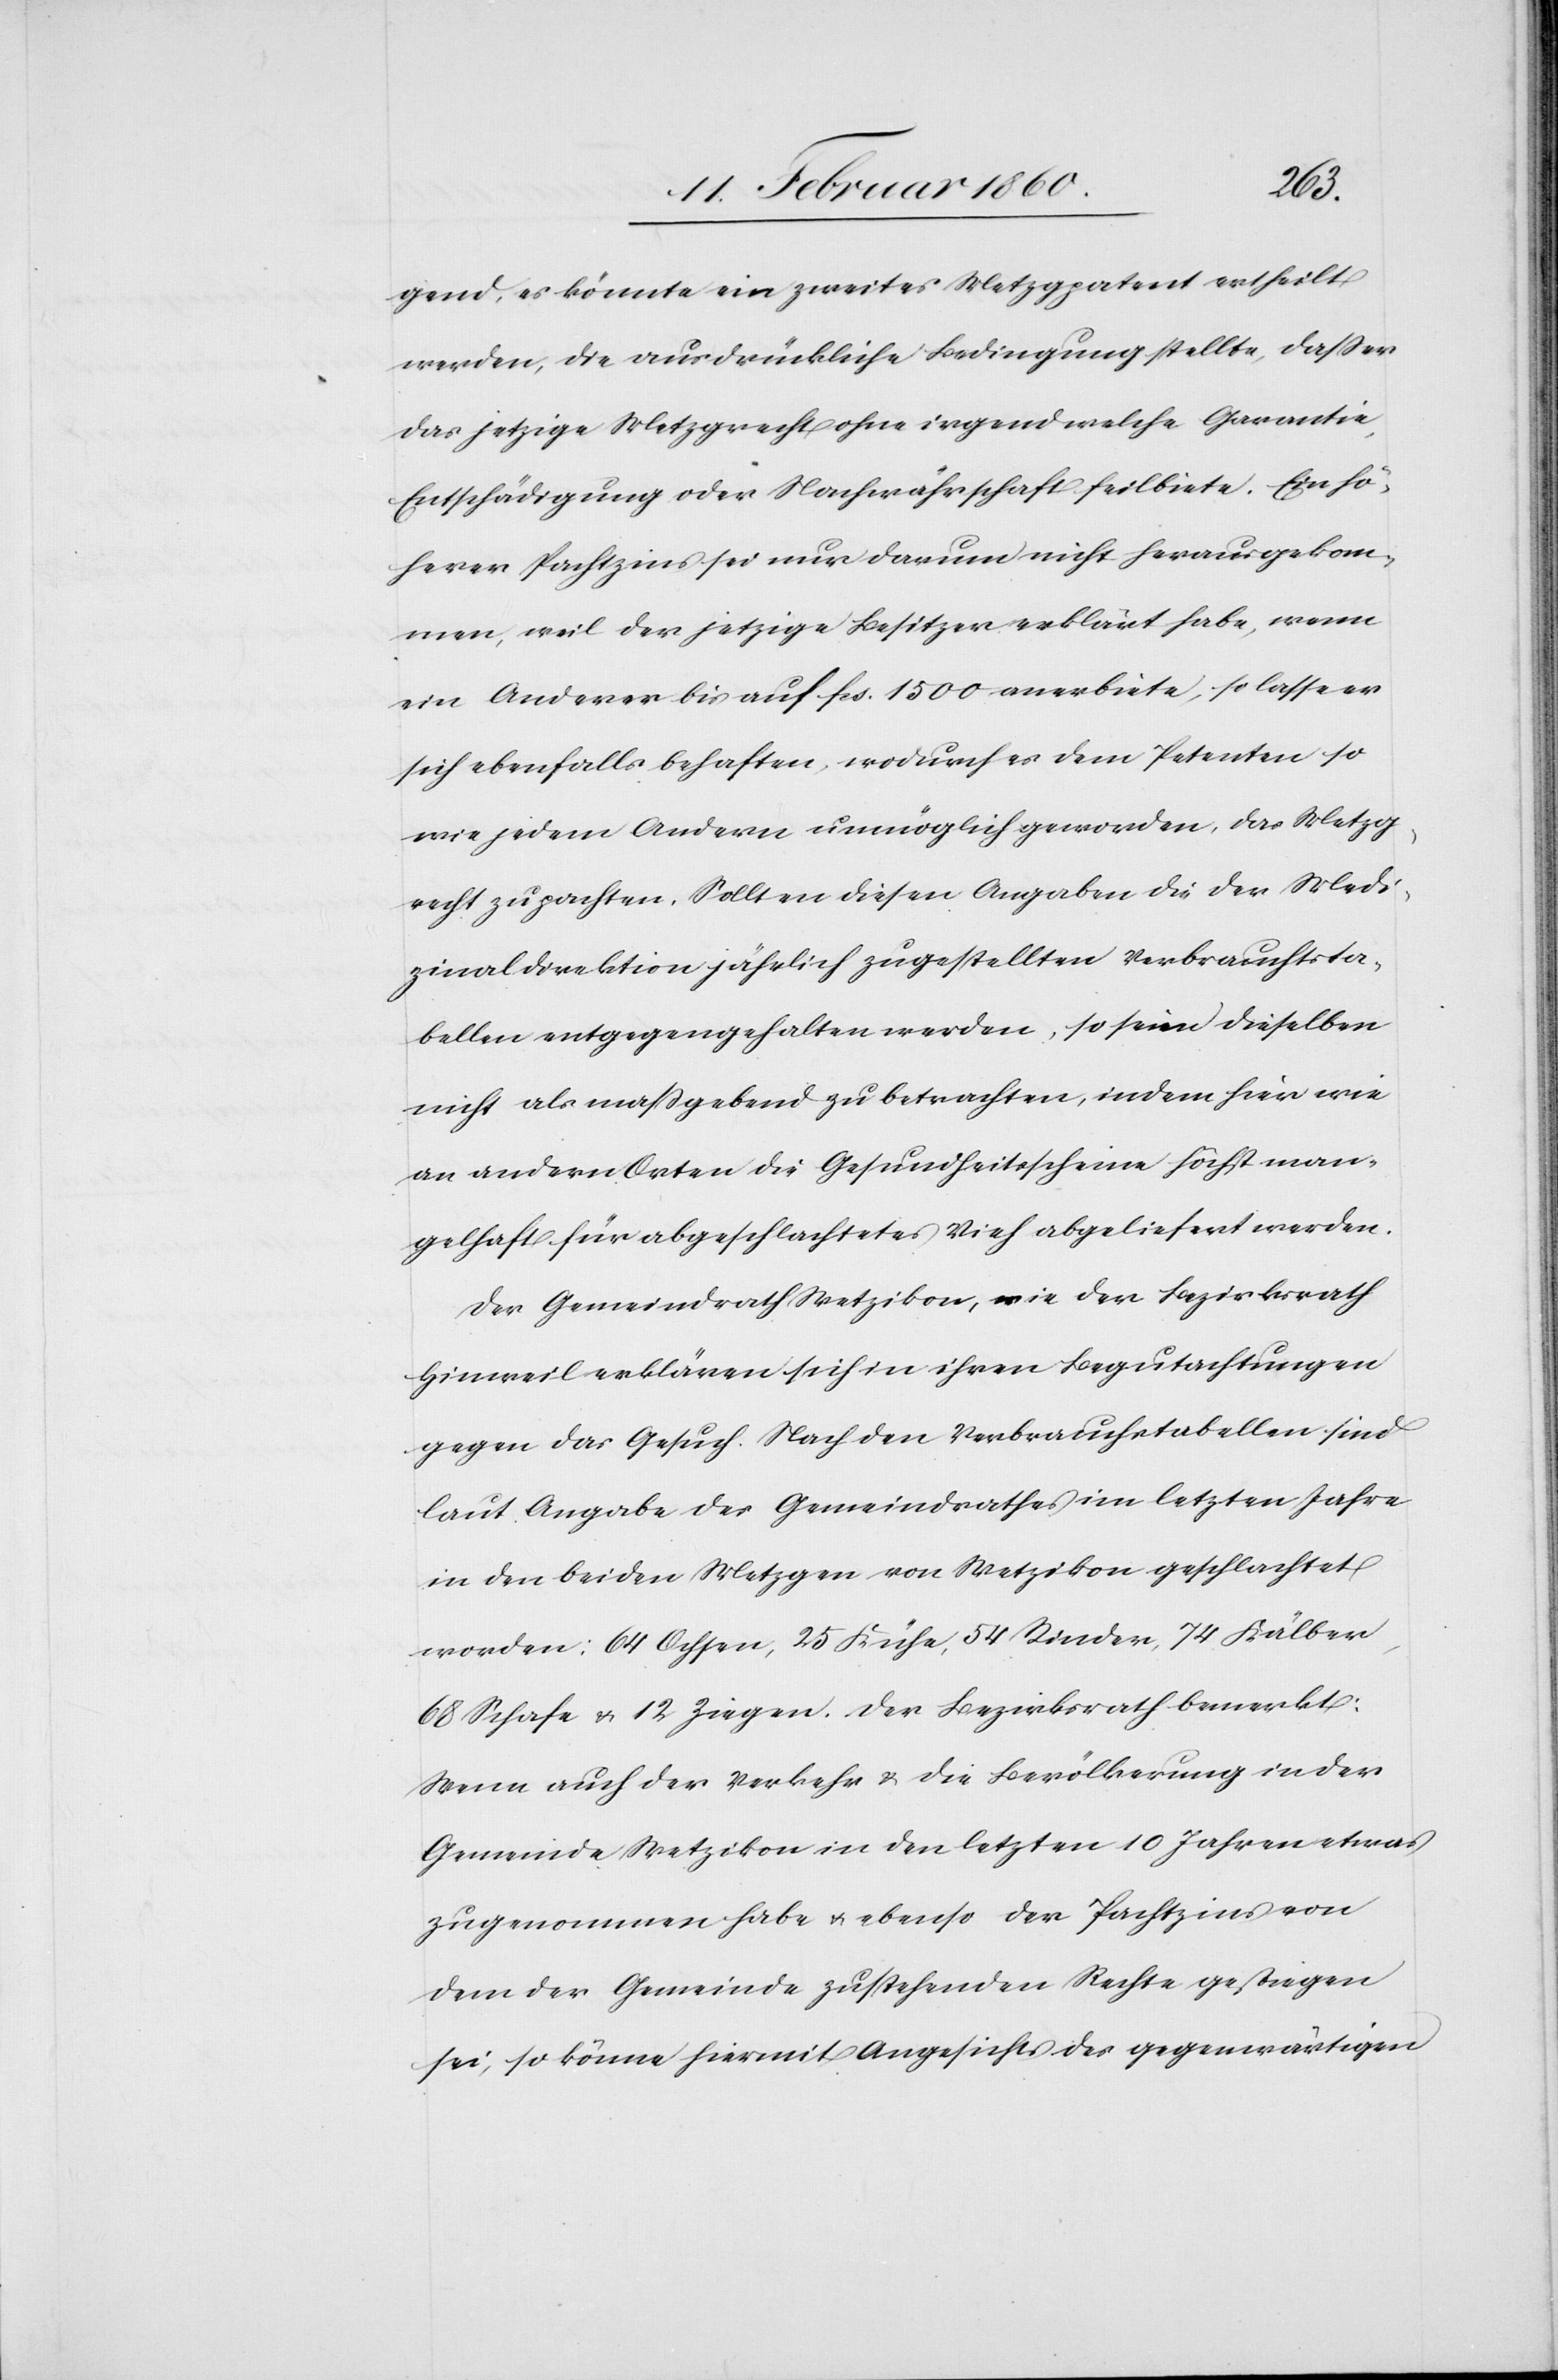
gend, es könnte ein zweites Metzgpatent ertheilt
werden, die ausdrückliche Bedingung stellte, dass es
das jetzige Metzgrecht ohne irgend welche Garantie,
Entschädigung oder Nachwährschaft feilbiete. Ein hö¬
herer Pachtzins sei nur darum nicht herausgekom¬
men, weil der jetzige Besitzer erklärt habe, wenn
ein Anderer bis auf fcs. 1500 anerbiete, so lasse er
sich ebenfalls behaften, wodurch es dem Petenten so
wie jedem Andern unmöglich geworden, das Metzg¬
recht zu pachten. Sollten diesen Angaben die der Medi¬
zinaldirektion jährlich zugestellten Verbrauchsta¬
bellen entgegengehalten werden, so seien dieselben
nicht als massgebend zu betrachten, indem hier wie
an andern Orten die Gesundheitsscheine höchst man¬
gelhaft für abgeschlachtetes Vieh abgeliefert werden.
Der Gemeindrath Wetzikon, wie der Bezirksrath
Hinweil erklären sich in ihren Begutachtungen
gegen das Gesuch. Nach den Verbrauchstabellen sind
laut Angabe des Gemeindrathes im letzten Jahre
in den beiden Metzgen von Wetzikon geschlachtet
worden: 64 Ochsen, 25 Kühe, 54 Rinder, 74 Kälber,
68 Schafe u. 12. Ziegen. Der Bezirksrath bemerkt:
Wenn auch der Verkehr u. die Bevölkerung in der
Gemeinde Wetzikon in den letzten 10 Jahren etwas
zugenommen habe u. ebenso der Pachtzins von
dem der Gemeinde zustehenden Rechte gestiegen
sei, so könne hiermit Angesichts des gegenwärtigen